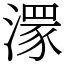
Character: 𣽁